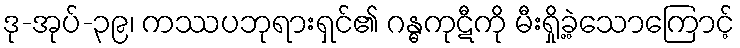
ဒု-အုပ်-၃၉၊ ကဿပဘုရားရှင်၏ ဂန္ဓကုဋီကို မီးရှို့ခဲ့သောကြောင့်